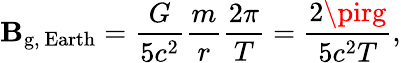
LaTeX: \mathbf{B}_{\mathrm{{g,~Earth}}}={\frac{{G}}{{5c^{2}}}}{\frac{{m}}{{r}}}{\frac{{2\pi}}{{T}}}={\frac{{2\pirg}}{{5c^{2}T}}},